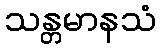
သန္တမာနသံ